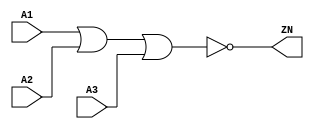
module NOR3_X4 (A1, A2, A3, ZN);
  input A1;
  input A2;
  input A3;
  output ZN;
  not(ZN, i_8);
  or(i_8, i_9, A3);
  or(i_9, A1, A2);
  specify
    (A1 => ZN) = (0.1, 0.1);
    (A2 => ZN) = (0.1, 0.1);
    (A3 => ZN) = (0.1, 0.1);
  endspecify
endmodule